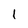
Character: I